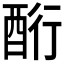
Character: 𮠧